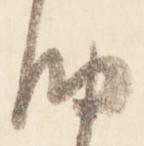
納